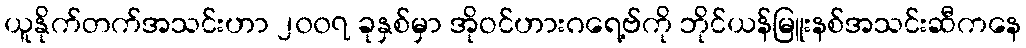
ယူနိုက်တက်အသင်းဟာ ၂၀၀၇ ခုနှစ်မှာ အိုဝင်ဟားဂရေ့ဗ်ကို ဘိုင်ယန်မြူးနစ်အသင်းဆီကနေ